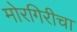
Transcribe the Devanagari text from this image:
मोरगिरीचा